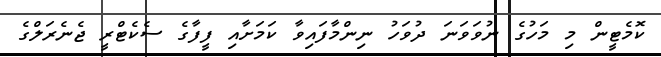
ކޮމެޓީން މި މަހުގެ ނުވަވަނަ ދުވަހު ނިންމާފައިވާ ކަމަށާއި ފީފާގެ ސެކެޓްރީ ޖެނެރަލްގެ